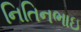
નિતિનભાઇ